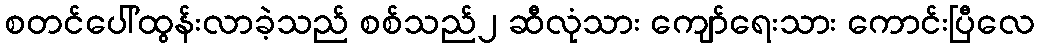
စတင်ပေါ်ထွန်းလာခဲ့သည် စစ်သည်၂ ဆီလုံသား ကျော်ရေးသား ကောင်းပြီလေ